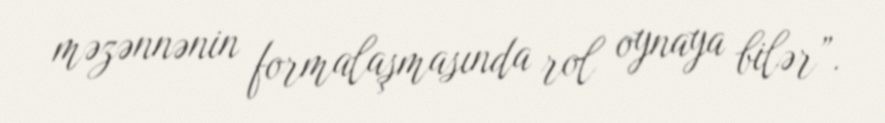
məzənnənin formalaşmasında rol oynaya bilər”.